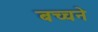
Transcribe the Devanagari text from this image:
बच्चने